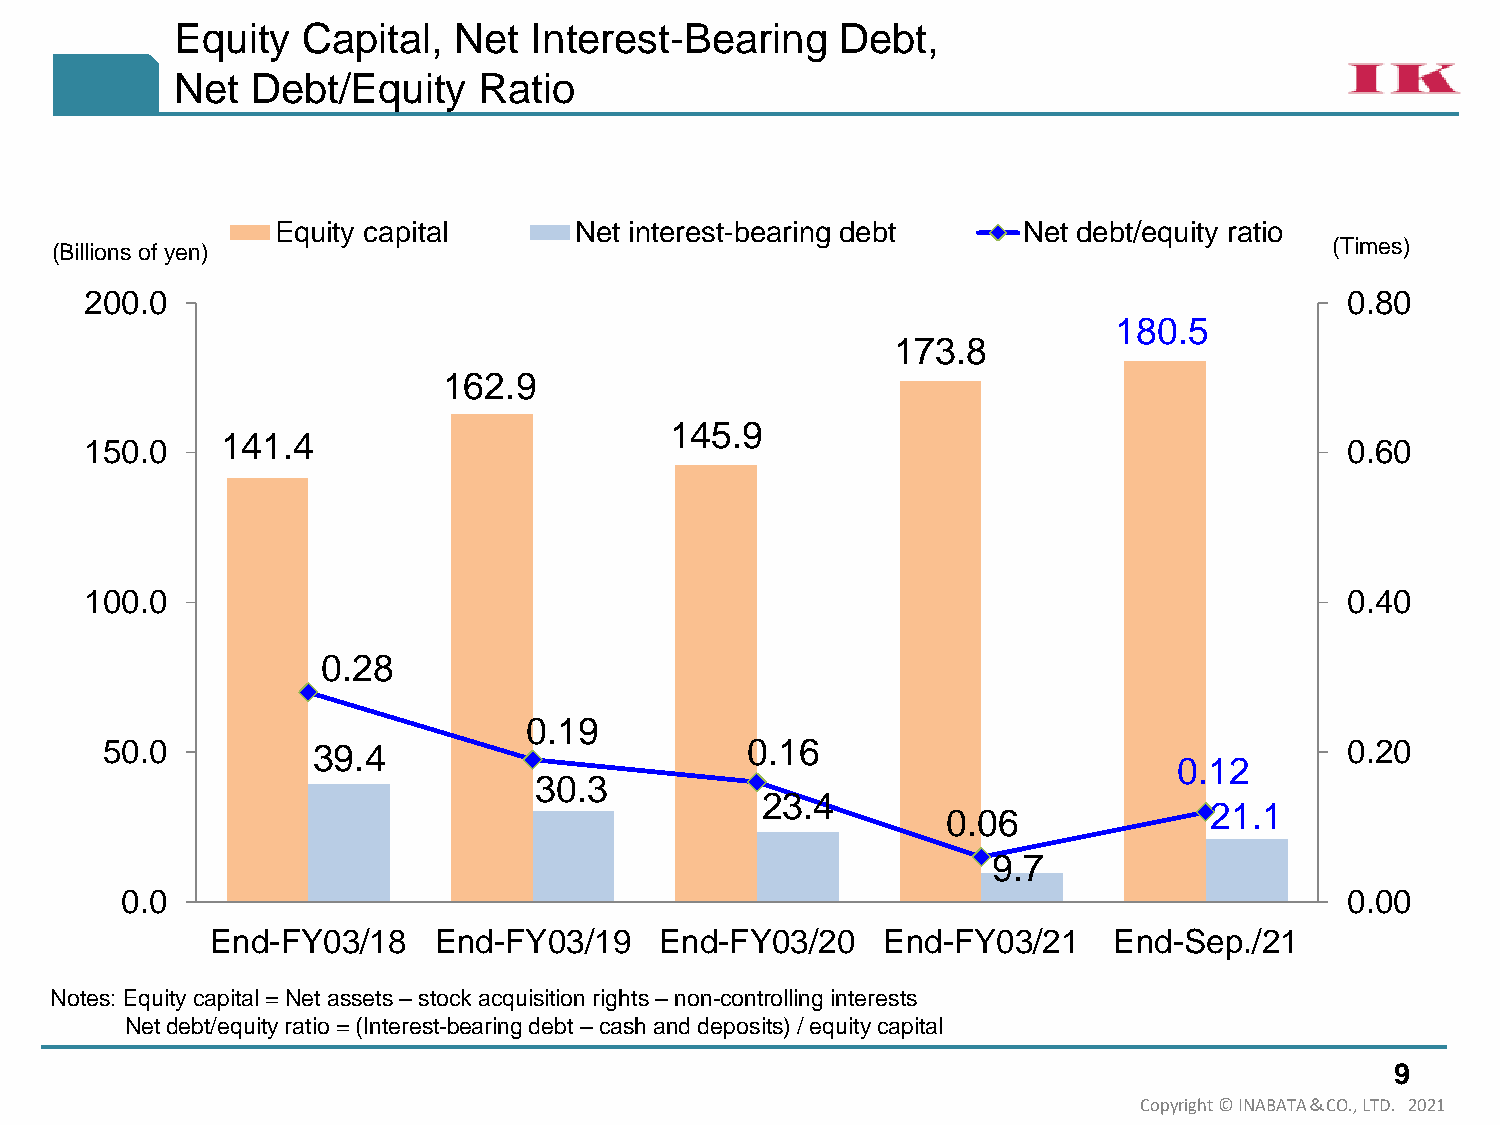
Equity  Capital,  Net  Interest-Bearing     Debt,
 Net  Debt/Equity    Ratio
 Equity capital      Net interest-bearing debt     Net debt/equity ratio
 (Billions of yen)                                                                    (Times)
 200.0                                                                              0.80
 180.5
 173.8
 162.9
 145.9
 141.4
 150.0                                                                              0.60
 100.0                                                                              0.40
 0.28
 0.19
 50.0          39.4                        0.16                                    0.20
 0.12
 30.3
 23.4
 21.1
 0.06
 9.7
 0.0                                                                              0.00
 End-FY03/18    End-FY03/19    End-FY03/20   End-FY03/21     End-Sep./21
 Notes: Equity capital = Net assets –stock acquisition rights –non-controlling interests
 Net debt/equity ratio = (Interest-bearing debt –cash and deposits) / equity capital
 9
 Copyright © INABATA＆CO., LTD. 2021